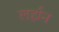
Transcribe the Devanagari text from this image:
लर्ह्मन